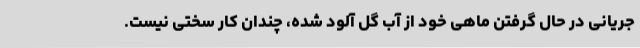
جریانی در حال گرفتن ماهی خود از آب گل آلود شده، چندان کار سختی نیست.